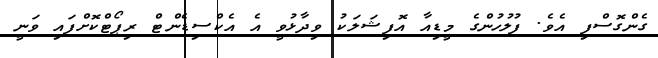
ގެންގޮސްފި އެވެ. ފުލުހުންގެ މީޑިއާ އޮފިޝަލަކު ވިދާޅުވީ އެ އެކްސިޑެންޓް ރިޕޯޓްކޮށްފައި ވަނީ